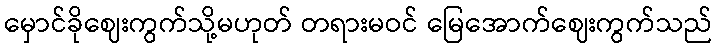
မှောင်ခိုဈေးကွက်သို့မဟုတ် တရားမဝင် မြေအောက်ဈေးကွက်သည်